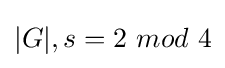
|G|,s=2~mod~4